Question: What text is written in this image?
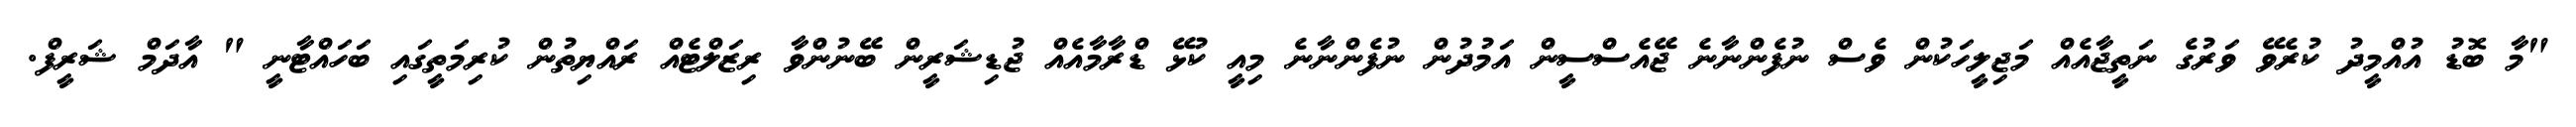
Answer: "މާ ބޮޑު އުއްމީދު ކުރެވޭ ވަރުގެ ނަތީޖާއެއް މަޖިލީހަކުން ވެސް ނުފެންނާނެ ޖޭއެސްސީން އަމުދުން ނުފެންނާނެ މިއީ ކުޅޭ ޑްރާމާއެއް ޖުޑިޝަރީން ބޭނުންވާ ރިޒަލްޓެއް ރައްޔިތުން ކުރިމަތީގައި ބަހައްޓާނީ " އާދަމް ޝަރީފް.